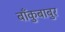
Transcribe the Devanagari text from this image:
बाँकुबाबुर